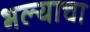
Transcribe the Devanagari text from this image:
भल्याचा